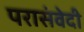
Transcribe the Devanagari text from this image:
परासंवेदी